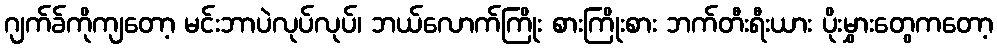
ဂျက်ခ်ကိုကျတော့ မင်းဘာပဲလုပ်လုပ်၊ ဘယ်လောက်ကြိုး စားကြိုးစား ဘက်တီးရီးယား ပိုးမွှားတွေကတော့